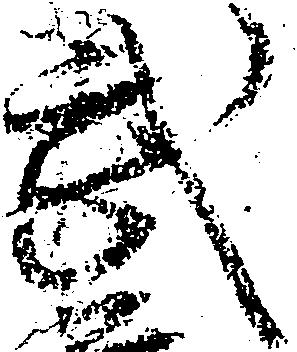
武